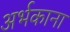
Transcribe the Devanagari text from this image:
अर्भकाना